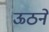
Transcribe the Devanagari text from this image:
ऊठने